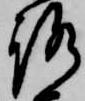
路